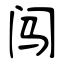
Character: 闯